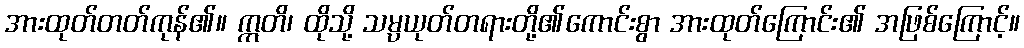
အားထုတ်တတ်ကုန်၏။ ဣတိ၊ ထိုသို့ သမ္ပယုတ်တရားတို့၏ကောင်းစွာ အားထုတ်ကြောင်း၏ အဖြစ်ကြောင့်။